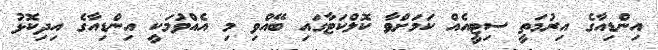
އިންޑިއާގެ އިރުމަތީ ސިޓީއެއް ކަމަށްވާ ކޮލްކަޓާގައި ބޭއްވި މި އެއްވުމަކީ އިންޑިއާގެ އިދިކޮޅު